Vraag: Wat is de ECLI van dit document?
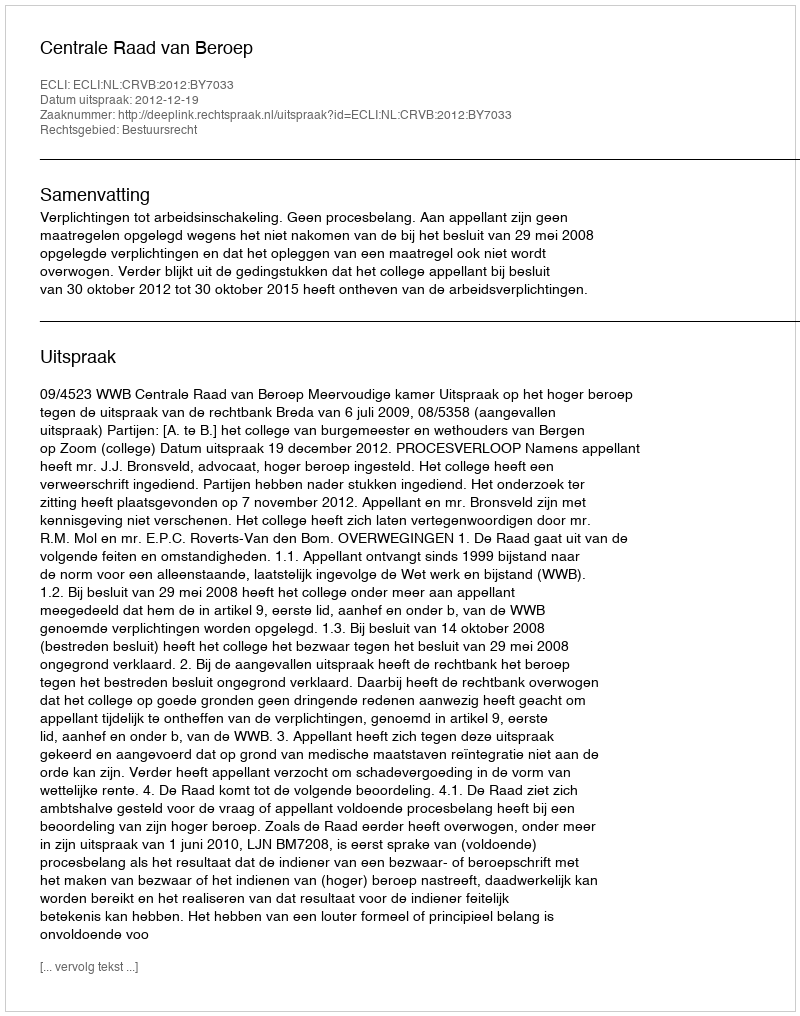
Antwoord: ECLI:NL:CRVB:2012:BY7033